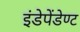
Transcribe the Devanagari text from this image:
इंडेपेंडेण्ट